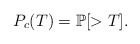
\begin{align*}P_c(T)=\mathbb{P}[>T].\end{align*}